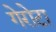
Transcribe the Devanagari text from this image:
गेरोटा